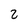
Character: 2